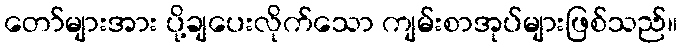
တော်များအား ပို့ချပေးလိုက်သော ကျမ်းစာအုပ်များဖြစ်သည်။